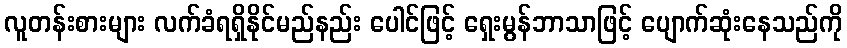
လူတန်းစားများ လက်ခံရရှိနိုင်မည်နည်း ပေါင်ဖြင့် ရှေးမွန်ဘာသာဖြင့် ပျောက်ဆုံးနေသည်ကို